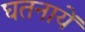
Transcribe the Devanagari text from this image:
घतनायें